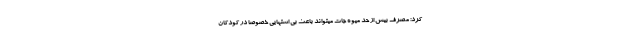
کرد: مصرف بیش از حد میوه جات میتواند باعث بی اشتهایی خصوصا در کودکان